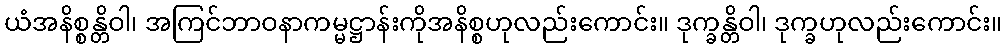
ယံအနိစ္စန္တိဝါ၊ အကြင်ဘာဝနာကမ္မဋ္ဌာန်းကိုအနိစ္စဟုလည်းကောင်း။ ဒုက္ခန္တိဝါ၊ ဒုက္ခဟုလည်းကောင်း။